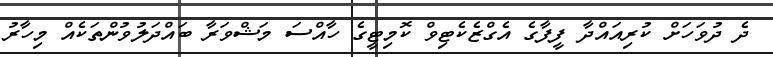
ދެ ދުވަހަށް ކުރިއައްދާ ފީފާގެ އެގްޒެކެޓިވް ކޮމިޓީގެ ހާއްސަ މަޝްވަރާ ބައްދަލުވުންތަކެއް މިހާރު